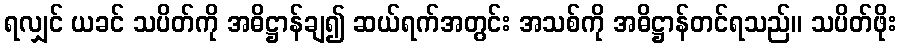
ရလျှင် ယခင် သပိတ်ကို အဓိဋ္ဌာန်ချ၍ ဆယ်ရက်အတွင်း အသစ်ကို အဓိဋ္ဌာန်တင်ရသည်။ သပိတ်ဖိုး